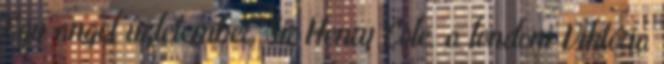
Egy angol üzletember, Sir Henry Cole, a londoni Viktória